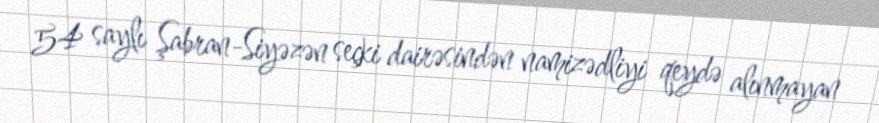
54 saylı Şabran-Siyəzən seçki dairəsindən namizədliyi qeydə alınmayan